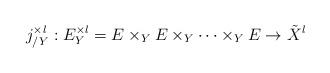
LaTeX: \begin{align*}j^{\times l}_{/Y}: E^{\times l}_Y=E\times_Y E\times_Y\cdots \times_YE\rightarrow \tilde{X}^l\end{align*}